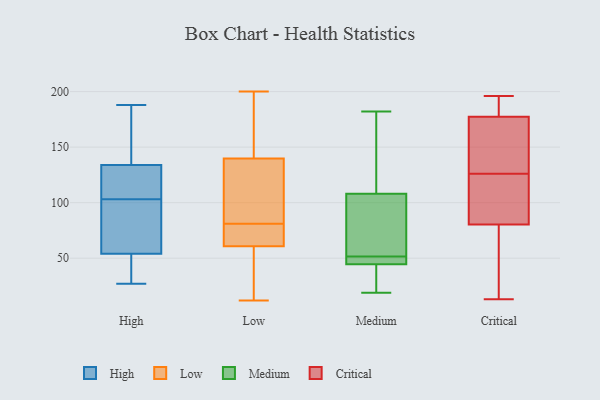
{"axis": {"x": "Net Income (USD K)", "y": "Value"}, "legend": ["Critical", "High", "Low", "Medium"], "data": [{"x": "", "y": 86, "type": "High"}, {"x": "", "y": 181, "type": "High"}, {"x": "", "y": 103, "type": "High"}, {"x": "", "y": 168, "type": "High"}, {"x": "", "y": 48, "type": "High"}, {"x": "", "y": 188, "type": "High"}, {"x": "", "y": 36, "type": "High"}, {"x": "", "y": 45, "type": "High"}, {"x": "", "y": 69, "type": "High"}, {"x": "", "y": 27, "type": "High"}, {"x": "", "y": 135, "type": "High"}, {"x": "", "y": 131, "type": "High"}, {"x": "", "y": 113, "type": "High"}, {"x": "", "y": 111, "type": "High"}, {"x": "", "y": 118, "type": "High"}, {"x": "", "y": 91, "type": "High"}, {"x": "", "y": 144, "type": "High"}, {"x": "", "y": 54, "type": "High"}, {"x": "", "y": 54, "type": "High"}, {"x": "", "y": 81, "type": "Low"}, {"x": "", "y": 12, "type": "Low"}, {"x": "", "y": 126, "type": "Low"}, {"x": "", "y": 73, "type": "Low"}, {"x": "", "y": 144, "type": "Low"}, {"x": "", "y": 58, "type": "Low"}, {"x": "", "y": 69, "type": "Low"}, {"x": "", "y": 179, "type": "Low"}, {"x": "", "y": 101, "type": "Low"}, {"x": "", "y": 200, "type": "Low"}, {"x": "", "y": 69, "type": "Low"}, {"x": "", "y": 127, "type": "Low"}, {"x": "", "y": 180, "type": "Low"}, {"x": "", "y": 36, "type": "Low"}, {"x": "", "y": 56, "type": "Low"}, {"x": "", "y": 129, "type": "Medium"}, {"x": "", "y": 171, "type": "Medium"}, {"x": "", "y": 40, "type": "Medium"}, {"x": "", "y": 19, "type": "Medium"}, {"x": "", "y": 46, "type": "Medium"}, {"x": "", "y": 82, "type": "Medium"}, {"x": "", "y": 44, "type": "Medium"}, {"x": "", "y": 50, "type": "Medium"}, {"x": "", "y": 53, "type": "Medium"}, {"x": "", "y": 133, "type": "Medium"}, {"x": "", "y": 48, "type": "Medium"}, {"x": "", "y": 47, "type": "Medium"}, {"x": "", "y": 55, "type": "Medium"}, {"x": "", "y": 182, "type": "Medium"}, {"x": "", "y": 45, "type": "Medium"}, {"x": "", "y": 181, "type": "Medium"}, {"x": "", "y": 87, "type": "Medium"}, {"x": "", "y": 20, "type": "Medium"}, {"x": "", "y": 86, "type": "Medium"}, {"x": "", "y": 19, "type": "Medium"}, {"x": "", "y": 191, "type": "Critical"}, {"x": "", "y": 172, "type": "Critical"}, {"x": "", "y": 196, "type": "Critical"}, {"x": "", "y": 13, "type": "Critical"}, {"x": "", "y": 79, "type": "Critical"}, {"x": "", "y": 100, "type": "Critical"}, {"x": "", "y": 39, "type": "Critical"}, {"x": "", "y": 192, "type": "Critical"}, {"x": "", "y": 126, "type": "Critical"}, {"x": "", "y": 65, "type": "Critical"}, {"x": "", "y": 121, "type": "Critical"}, {"x": "", "y": 84, "type": "Critical"}, {"x": "", "y": 160, "type": "Critical"}, {"x": "", "y": 149, "type": "Critical"}, {"x": "", "y": 179, "type": "Critical"}]}